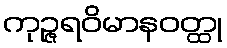
ကုဉ္ဇရဝိမာနဝတ္ထု